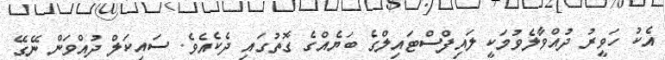
އެކު ހަވީރު ދުއްވާލެވުމަކީ ލައިފްސްޓައިލްގެ ބަޔެއްގެ ގޮތުގައި ދެކެއެވެ. ސައިކަލް ދުއްވަން ނޭގޭ